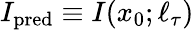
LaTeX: I_{\mathrm{pred}}\equiv I(x_{0};\ell_{\tau})